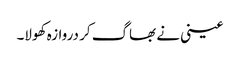
عینی نے بھاگ کر دروازہ کھولا۔